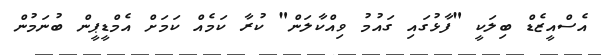
އެސްއީޒެޑް ބިލަކީ "ފާޅުގައި ގައުމު ވިއްކާލަން" ކުރާ ކަމެއް ކަމަށް އެމްޑީޕީން ބުނަމުން